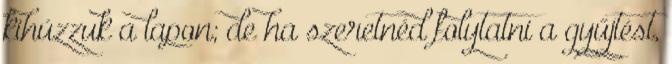
kihúzzuk a lapon; de ha szeretnéd folytatni a gyűjtést,